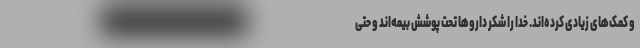
و کمک‌های زیادی کرده‌اند. خدا را شکر داروها تحت پوشش بیمه‌اند و حتی